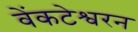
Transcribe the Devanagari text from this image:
वेंकटेश्वरन